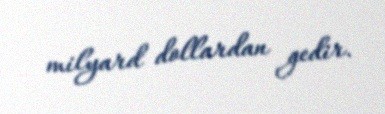
milyard dollardan gedir.